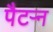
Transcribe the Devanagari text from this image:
पैटऱ्न